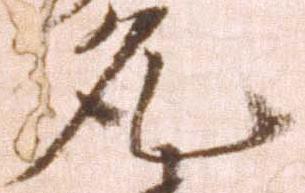
允